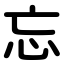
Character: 忘